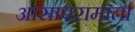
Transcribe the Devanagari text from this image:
आसावरामाता